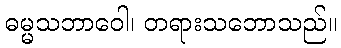
ဓမ္မသဘာဝေါ၊ တရားသဘောသည်။